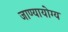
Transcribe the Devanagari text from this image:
जाण्यायोग्य